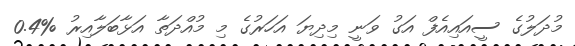
މުދަލުގެ ސީއައިއެފް އަގު ވަނީ މިދިޔަ އަހަރުގެ މި މުއްދަތާ އަޅާބަލާއިރު %0.4